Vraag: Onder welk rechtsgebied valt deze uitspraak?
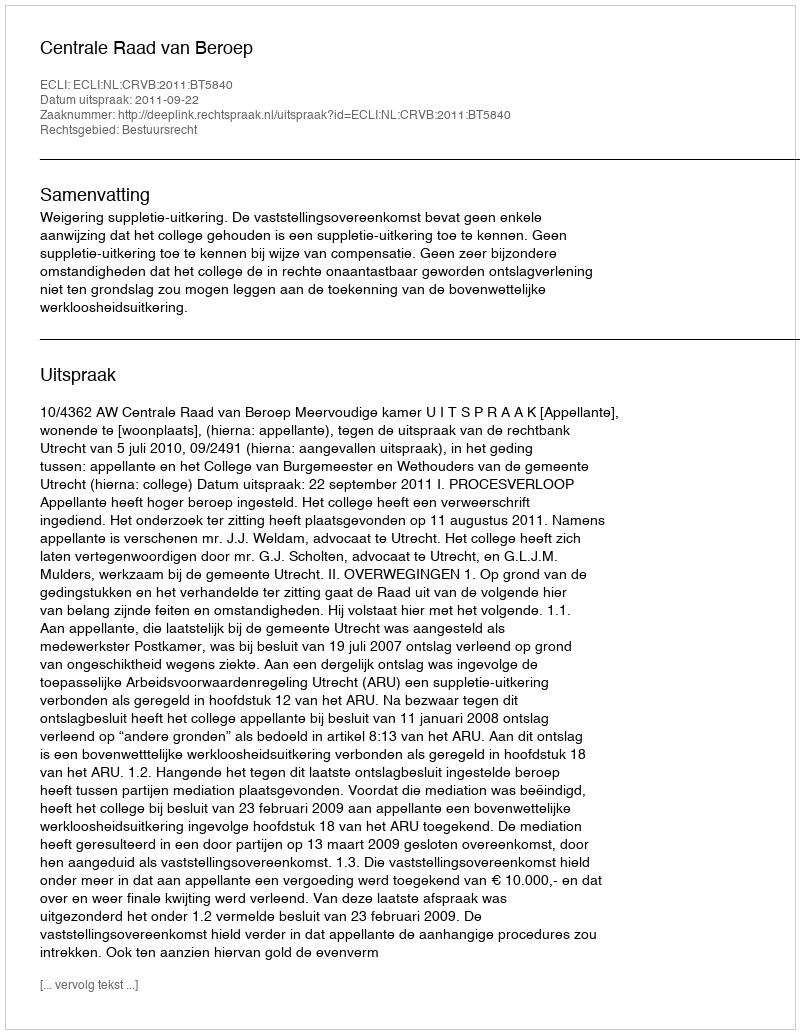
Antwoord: Bestuursrecht